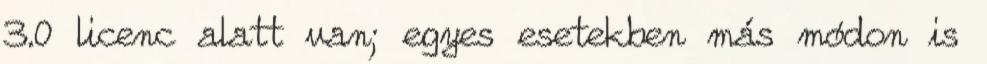
3.0 licenc alatt van; egyes esetekben más módon is